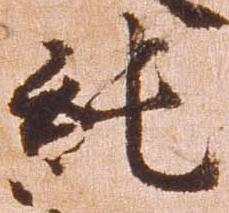
純